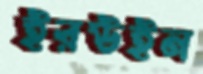
ইরউইন